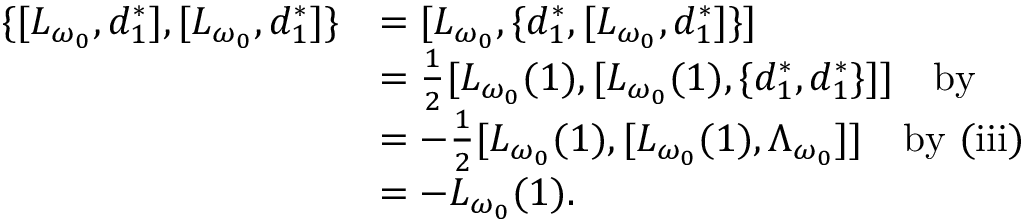
\begin{array} { r l } { \{ [ L _ { \omega _ { 0 } } , d _ { 1 } ^ { * } ] , [ L _ { \omega _ { 0 } } , d _ { 1 } ^ { * } ] \} } & { = [ L _ { \omega _ { 0 } } , \{ d _ { 1 } ^ { * } , [ L _ { \omega _ { 0 } } , d _ { 1 } ^ { * } ] \} ] } \\ & { = \frac 1 2 [ L _ { \omega _ { 0 } } ( 1 ) , [ L _ { \omega _ { 0 } } ( 1 ) , \{ d _ { 1 } ^ { * } , d _ { 1 } ^ { * } \} ] ] \quad \mathrm { b y ~ } } \\ & { = - \frac 1 2 [ L _ { \omega _ { 0 } } ( 1 ) , [ L _ { \omega _ { 0 } } ( 1 ) , \Lambda _ { \omega _ { 0 } } ] ] \quad \mathrm { b y ~ ( i i i ) } } \\ & { = - L _ { \omega _ { 0 } } ( 1 ) . } \end{array}